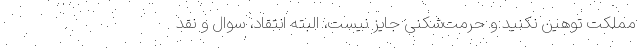
مملکت توهین نکنید و حرمت‌شکنی جایز نیست، البته انتقاد، سوال و نقد